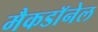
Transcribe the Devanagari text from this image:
मैकडाॅनेल